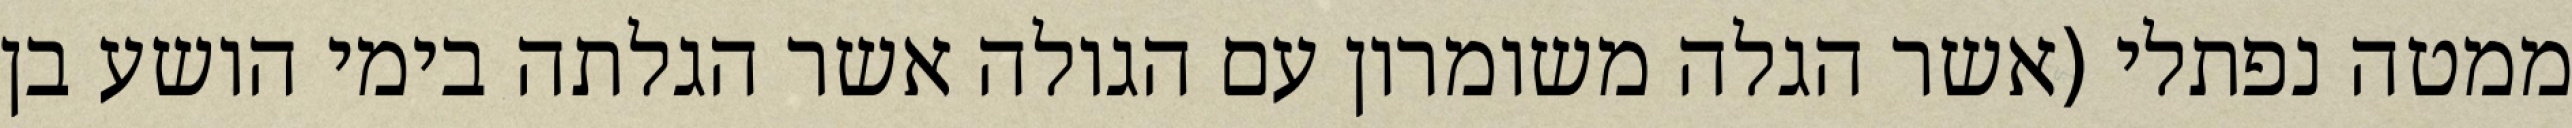
ממטה נפתלי (אשר הגלה משומרון עם הגולה אשר הגלתה בימי הושע בן